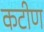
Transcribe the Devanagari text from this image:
कटीण